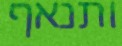
ותנאף